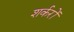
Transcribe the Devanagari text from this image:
शर्करों